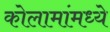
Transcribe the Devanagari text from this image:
कोलामांमध्ये